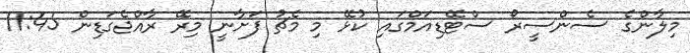
މިލާންގެ ސެންސީރޯ ސްޓޭޑިއަމްގައި ކުޅޭ މި މެޗު ފަށާނީ މިރޭ ރާއްޖެގަޑިން 11:45